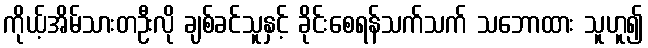
ကိုယ့်အိမ်သားတဦးလို ချစ်ခင်သူနှင့် ခိုင်းစေရန်သက်သက် သဘောထား သူဟူ၍